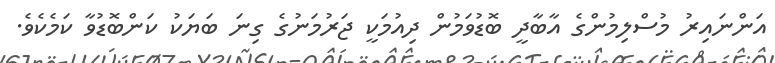
އަންނައިރު މުސްލިމުންގެ އާބާދީ ބޮޑުވަމުން ދިއުމަކީ ޖަރުމަނުގެ ގިނަ ބަޔަކު ކަންބޮޑުވާ ކަމެކެވެ.